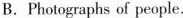
B. Photographs of people.